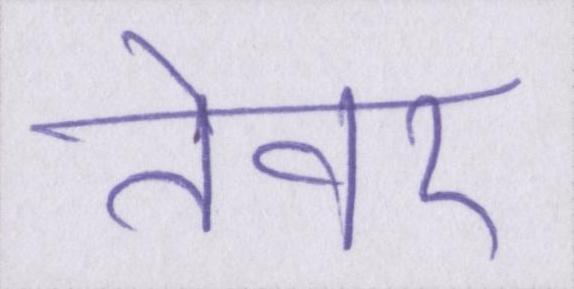
तेवर